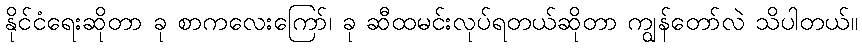
နိုင်ငံရေးဆိုတာ ခု စာကလေးကြော်၊ ခု ဆီထမင်းလုပ်ရတယ်ဆိုတာ ကျွန်တော်လဲ သိပါတယ်။